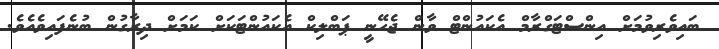
ބައިވެރިވުމަށް އިންސްޓަގްރާމް އެކައުންޓް ވާން ޖެހޭނީ ޕަބްލިކް އެކައުންޓަކަށް ކަމަށް ދިރާގުން ބުނެފައިވެއެވެ.